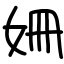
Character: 姍